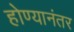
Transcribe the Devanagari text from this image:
होण्यानंतर